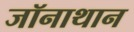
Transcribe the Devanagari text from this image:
जॉनाथान